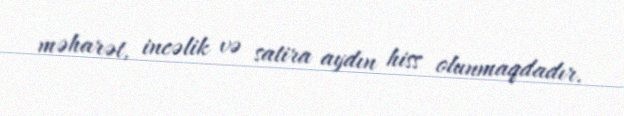
məharət, incəlik və satira aydın hiss olunmaqdadır.